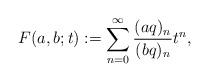
LaTeX: \begin{align*}F(a, b; t):=\sum_{n=0}^{\infty}\frac{(aq)_n}{(bq)_n}t^n,\end{align*}